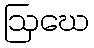
ဩဃေ